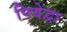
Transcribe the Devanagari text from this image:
पिबेद्वा